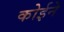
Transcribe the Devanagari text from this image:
कोईने